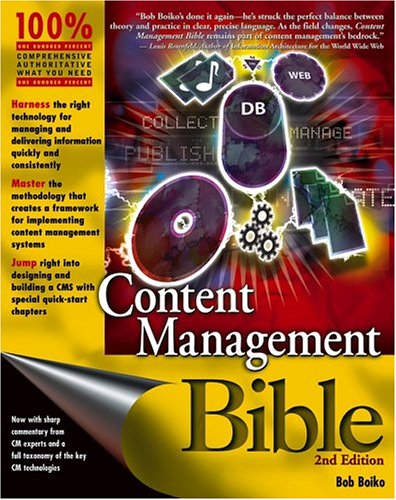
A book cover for Content Management Bible (2nd Edition); Bob Boiko; Computers & Technology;